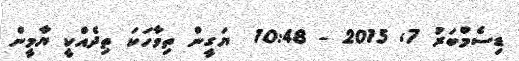
ޑިސެމްބަރު 7